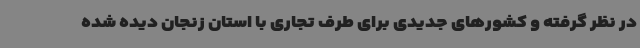
در نظر گرفته و کشورهای جدیدی برای طرف تجاری با استان زنجان دیده شده